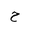
Letter: _ha